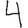
Digit: 4